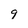
Character: 9